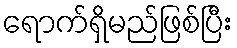
ရောက်ရှိမည်ဖြစ်ပြီး